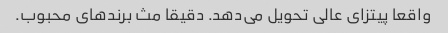
واقعا پیتزای عالی تحویل می‌دهد. دقیقا مث برند‌های محبوب.